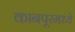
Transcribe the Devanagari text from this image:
कानपूरमध्ये